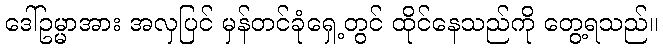
ဒေါ်ဥမ္မာအား အလှပြင် မှန်တင်ခုံရှေ့တွင် ထိုင်နေသည်ကို တွေ့ရသည်။